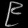
Digit: ၉